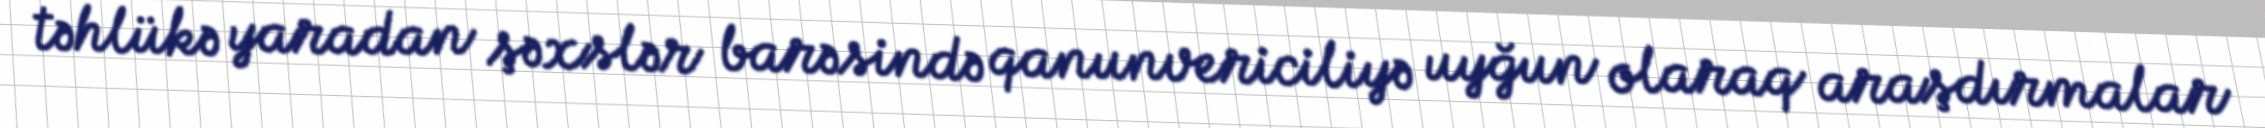
təhlükə yaradan şəxslər barəsində qanunvericiliyə uyğun olaraq araşdırmalar